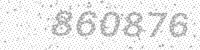
Solution: 860876